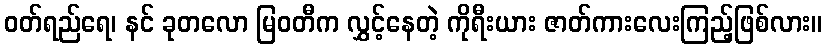
ဝတ်ရည်ရေ၊ နင် ခုတလော မြဝတီက လွှင့်နေတဲ့ ကိုရီးယား ဇာတ်ကားလေးကြည့်ဖြစ်လား။